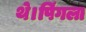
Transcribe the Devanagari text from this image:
थे।पिंगला